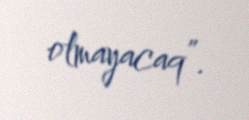
olmayacaq”.